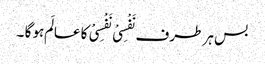
بس ہر طرف نَفْسِیْ نَفْسِیْ کا عالَم ہو گا ۔